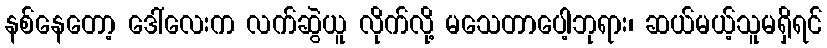
နစ်နေတော့ ဒေါ်လေးက လက်ဆွဲယူ လိုက်လို့ မသေတာပေါ့ဘုရား၊ ဆယ်မယ့်သူမရှိရင်